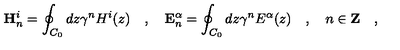
\mathbf { H } _ { n } ^ { i } = \oint _ { C _ { 0 } } d z \gamma ^ { n } H ^ { i } ( z ) \quad , \quad \mathbf { E } _ { n } ^ { \alpha } = \oint _ { C _ { 0 } } d z \gamma ^ { n } E ^ { \alpha } ( z ) \quad , \quad n \in \mathbf { Z } \quad ,